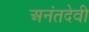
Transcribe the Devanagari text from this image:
अनंतदेवी